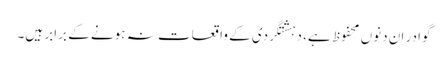
گوادر ان دنوں محفوظ ہے، دہشتگردی کے واقعات نہ ہونے کے برابر ہیں۔